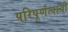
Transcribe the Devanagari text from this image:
परिपूर्णत्वाची